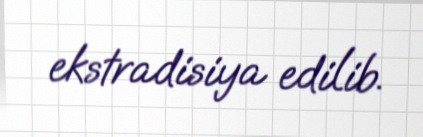
ekstradisiya edilib.